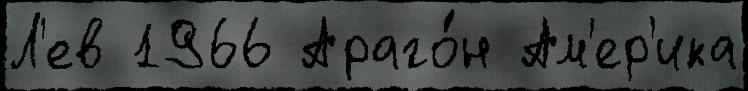
Л'ев 1966 Араго́н Ам'ер'ика